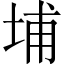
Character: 埔